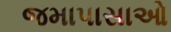
જમાપાસાઓ